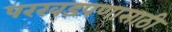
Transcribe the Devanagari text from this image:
परखडपणासाठी